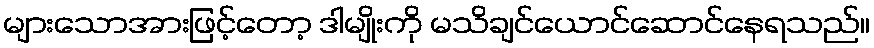
များသောအားဖြင့်တော့ ဒါမျိုးကို မသိချင်ယောင်ဆောင်နေရသည်။